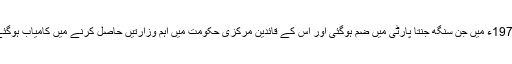
1977ء میں جن سنگھ جنتا پارٹی میں ضم ہوگئی اور اس کے قائدین مرکزی حکومت میں اہم وزارتیں حاصل کرنے میں کامیاب ہوگئے۔